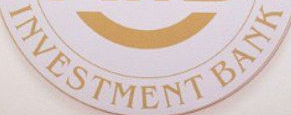
INVESTMENT BANK